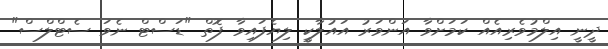
ދީނީ އިލްމުވެރިއެއް ކަމަށްވާ އަންވަރު އައުލާކީ ލިޔެފައިވާ ފޮތް "ޑަސްޓް ނެވަ ސެޓްލްސް"